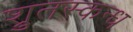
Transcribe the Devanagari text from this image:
श्रुतस्कन्ध